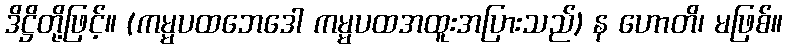
ဒိဋ္ဌိတို့ဖြင့်။ (ကမ္မပထဘေဒေါ ကမ္မပထအထူးအပြားသည်) န ဟောတိ၊ မဖြစ်။